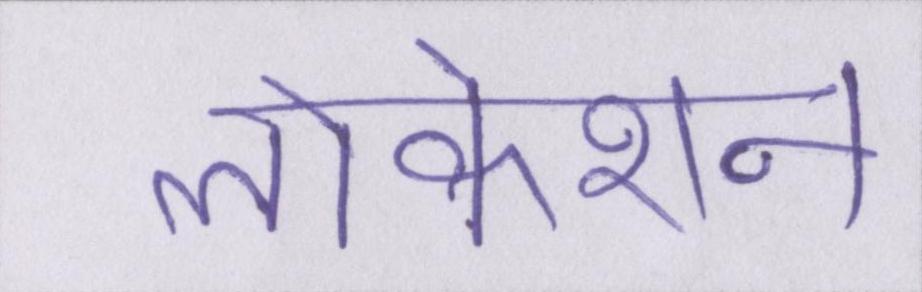
लोकेशन